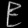
Digit: ၉